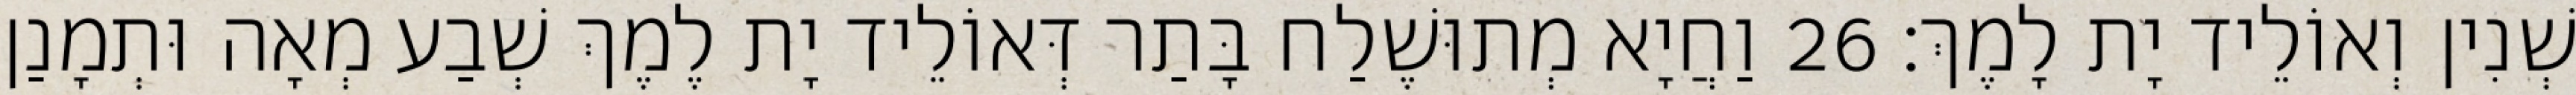
שְׁנִין וְאוֹלֵיד יָת לָמֶךְ׃ 26 וַחֲיָא מְתוּשֶׁלַח בָּתַר דְּאוֹלֵיד יָת לֶמֶךְ שְׁבַע מְאָה וּתְמָנַן